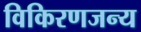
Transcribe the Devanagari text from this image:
विकिरणजन्य